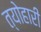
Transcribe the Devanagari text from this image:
त्योहारी